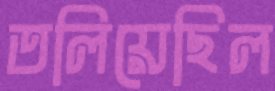
তলিয়েছিল